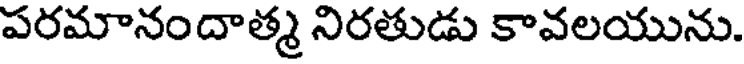
పరమానందాత్మ నిరతుడు కావలయును.